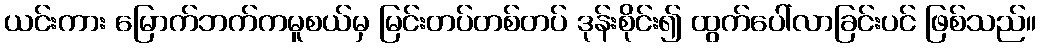
ယင်းကား မြောက်ဘက်ကမူစယ်မှ မြင်းတပ်တစ်တပ် ဒုန်းစိုင်း၍ ထွက်ပေါ်လာခြင်းပင် ဖြစ်သည်။